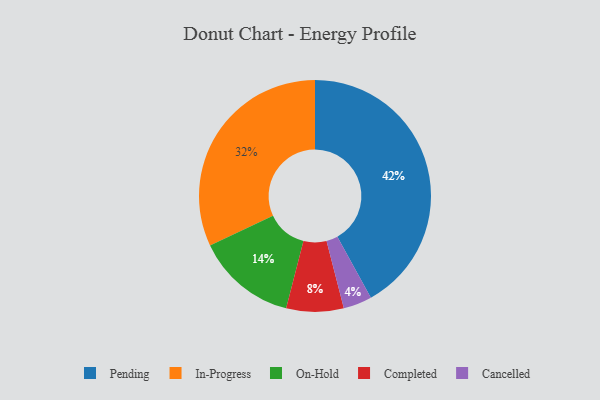
{"axis": {"x": "Category", "y": "Percentage"}, "legend": ["Cancelled", "Completed", "In-Progress", "On-Hold", "Pending"], "data": [{"x": "On-Hold", "y": 14, "type": "On-Hold"}, {"x": "Cancelled", "y": 4, "type": "Cancelled"}, {"x": "Pending", "y": 42, "type": "Pending"}, {"x": "Completed", "y": 8, "type": "Completed"}, {"x": "In-Progress", "y": 32, "type": "In-Progress"}]}